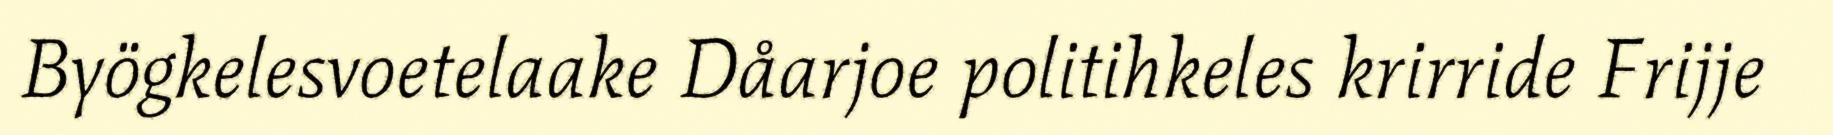
Byögkelesvoetelaake Dåarjoe politihkeles krirride Frijje